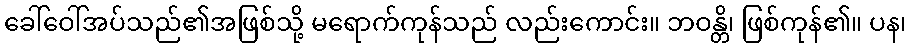
ခေါ်ဝေါ်အပ်သည်၏အဖြစ်သို့ မရောက်ကုန်သည် လည်းကောင်း။ ဘဝန္တိ၊ ဖြစ်ကုန်၏။ ပန၊